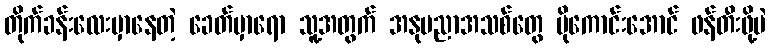
တိုက်ခန်းလေးမှာနေတဲ့ ခေတ်မှာရော သူ့အတွက် အနုပညာအသစ်တွေ ပိုကောင်းအောင် ဖန်တီးဖို့ပဲ